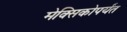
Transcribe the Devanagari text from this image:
मेक्सिकोपर्यंत